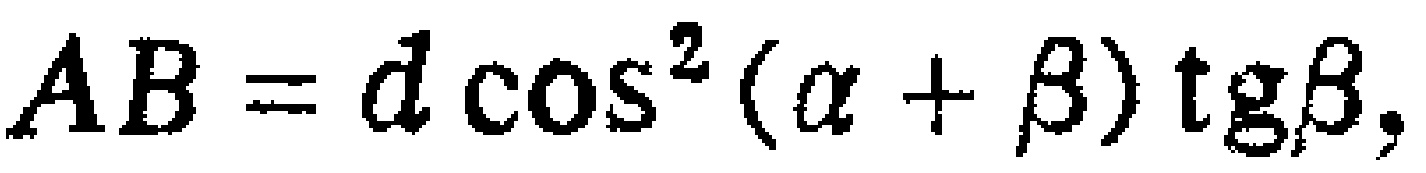
$AB = d\cos^{2}(\alpha+\beta)\operatorname{tg}\beta,$